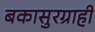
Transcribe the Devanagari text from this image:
बकासुरग्राही